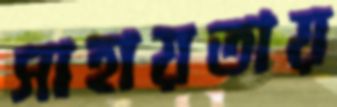
সাহায়তায়